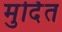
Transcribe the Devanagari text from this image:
मुर्दित